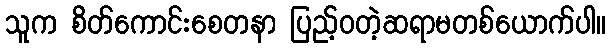
သူက စိတ်ကောင်းစေတနာ ပြည့်ဝတဲ့ဆရာမတစ်ယောက်ပါ။